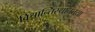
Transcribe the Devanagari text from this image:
विश्रान्तिस्थानतया